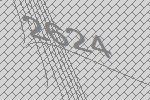
2624